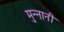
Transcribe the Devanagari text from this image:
मुन्नानी